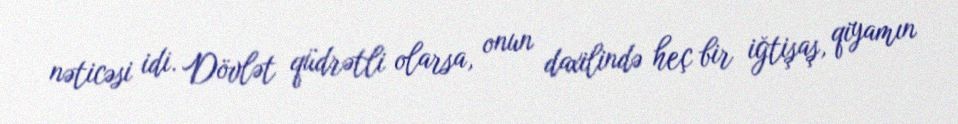
nəticəsi idi. Dövlət qüdrətli olarsa, onun daxilində heç bir iğtişaş, qiyamın